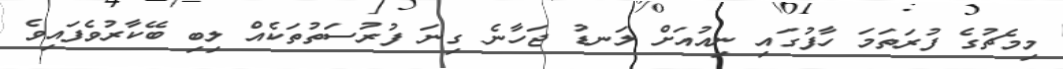
މިމެޗުގެ ފުރަތަމަ ހާފުގައި ނިއުއަށް ލަނޑު ޖަހާނެ ގިނަ ފުރުސަތުތަކެއް ލިބި ބޭކާރުވެފައިވެ